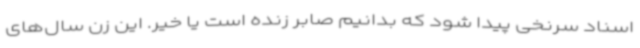
اسناد سرنخی پیدا شود که بدانیم صابر زنده است یا خیر. این زن سال‌های